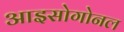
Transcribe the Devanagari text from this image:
आइसोगोनल